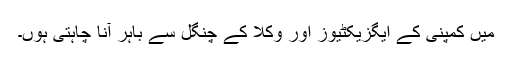
میں کمپنی کے ایگزیکٹیوز اور وکلا کے چنگل سے باہر آنا چاہتی ہوں۔